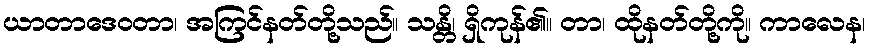
ယာတာဒေဝတာ၊ အကြင်နတ်တို့သည်။ သန္တိ၊ ရှိကုန်၏။ တာ၊ ထိုနတ်တို့ကို။ ကာလေန၊